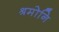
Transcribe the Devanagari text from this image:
श्रमोनि